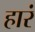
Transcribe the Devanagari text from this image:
हारं